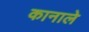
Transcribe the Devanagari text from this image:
कानाले